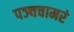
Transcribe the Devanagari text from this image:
पञ्चचामरं